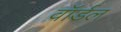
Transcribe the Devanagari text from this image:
वॉर्डल